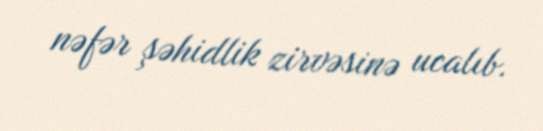
nəfər şəhidlik zirvəsinə ucalıb.